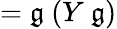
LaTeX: =\mathfrak{g}\ (Y\ \mathfrak{g})